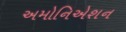
અમોનિએશન